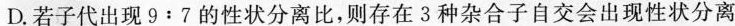
D. 若子代出现$$9 : 7$$的性状分离比，则存在3种杂合子自交会出现性状分离